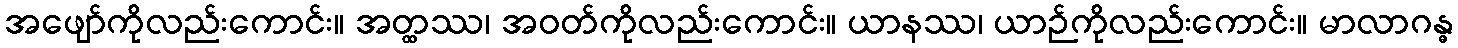
အဖျော်ကိုလည်းကောင်း။ အတ္ထဿ၊ အဝတ်ကိုလည်းကောင်း။ ယာနဿ၊ ယာဉ်ကိုလည်းကောင်း။ မာလာဂန္ဓ